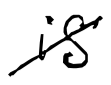
Text: is
Cross-out: diagonal
Writing tool: digital_black